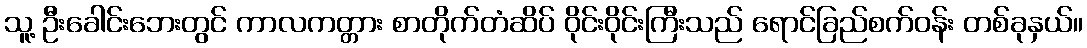
သူ့ ဦးခေါင်းဘေးတွင် ကာလကတ္တား စာတိုက်တံဆိပ် ဝိုင်းဝိုင်းကြီးသည် ရောင်ခြည်စက်ဝန်း တစ်ခုနှယ်။